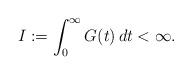
LaTeX: \begin{align*}I := \int_0^{\infty}G(t)\,dt < \infty.\end{align*}